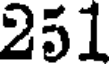
251